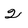
Character: 2